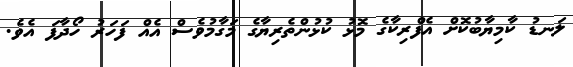
ލަނޑު ކާމިޔާބުކޮށް އެފްރިކާގެ މޮޅު ކުޅުންތެރިޔާގެ މަގާމުވެސް އެއް ފަހަރު ހޯދާފަ އެވެ.